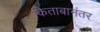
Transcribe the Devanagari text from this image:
किताबानंतर